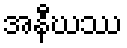
အနီဃဿ